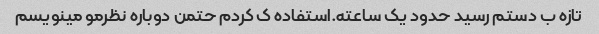
تازه ب دستم رسید حدود یک ساعته.استفاده ک کردم حتمن دوباره نظرمو مینویسم